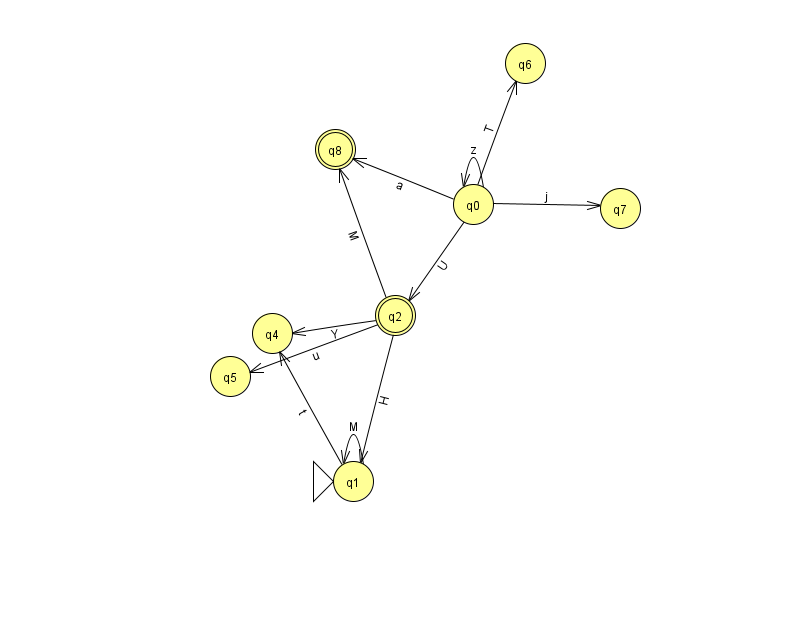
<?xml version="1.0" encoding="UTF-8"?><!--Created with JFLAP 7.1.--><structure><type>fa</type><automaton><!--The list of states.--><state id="0" name="q0"><x>473.0</x><y>191.0</y></state><state id="1" name="q1"><x>353.0</x><y>468.0</y><initial/></state><state id="2" name="q2"><x>395.0</x><y>302.0</y><final/></state><state id="4" name="q4"><x>272.0</x><y>320.0</y></state><state id="5" name="q5"><x>230.0</x><y>363.0</y></state><state id="6" name="q6"><x>525.0</x><y>50.0</y></state><state id="7" name="q7"><x>620.0</x><y>195.0</y></state><state id="8" name="q8"><x>335.0</x><y>136.0</y><final/></state><!--The list of transitions.--><transition><from>0</from><to>7</to><read>j</read></transition><transition><from>0</from><to>8</to><read>a</read></transition><transition><from>2</from><to>4</to><read>Y</read></transition><transition><from>2</from><to>5</to><read>u</read></transition><transition><from>2</from><to>8</to><read>M</read></transition><transition><from>0</from><to>0</to><read>z</read></transition><transition><from>2</from><to>1</to><read>H</read></transition><transition><from>0</from><to>6</to><read>T</read></transition><transition><from>1</from><to>4</to><read>t</read></transition><transition><from>1</from><to>1</to><read>M</read></transition><transition><from>0</from><to>2</to><read>U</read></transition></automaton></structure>